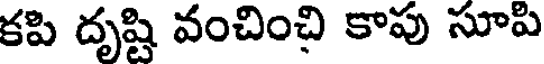
కపి దృష్టి వంచించి కాపు సూపి